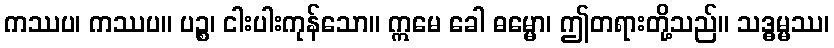
ကဿပ၊ ကဿပ။ ပဉ္စ၊ ငါးပါးကုန်သော။ ဣမေ ခေါ ဓမ္မော၊ ဤတရားတို့သည်။ သဒ္ဓမ္မဿ၊